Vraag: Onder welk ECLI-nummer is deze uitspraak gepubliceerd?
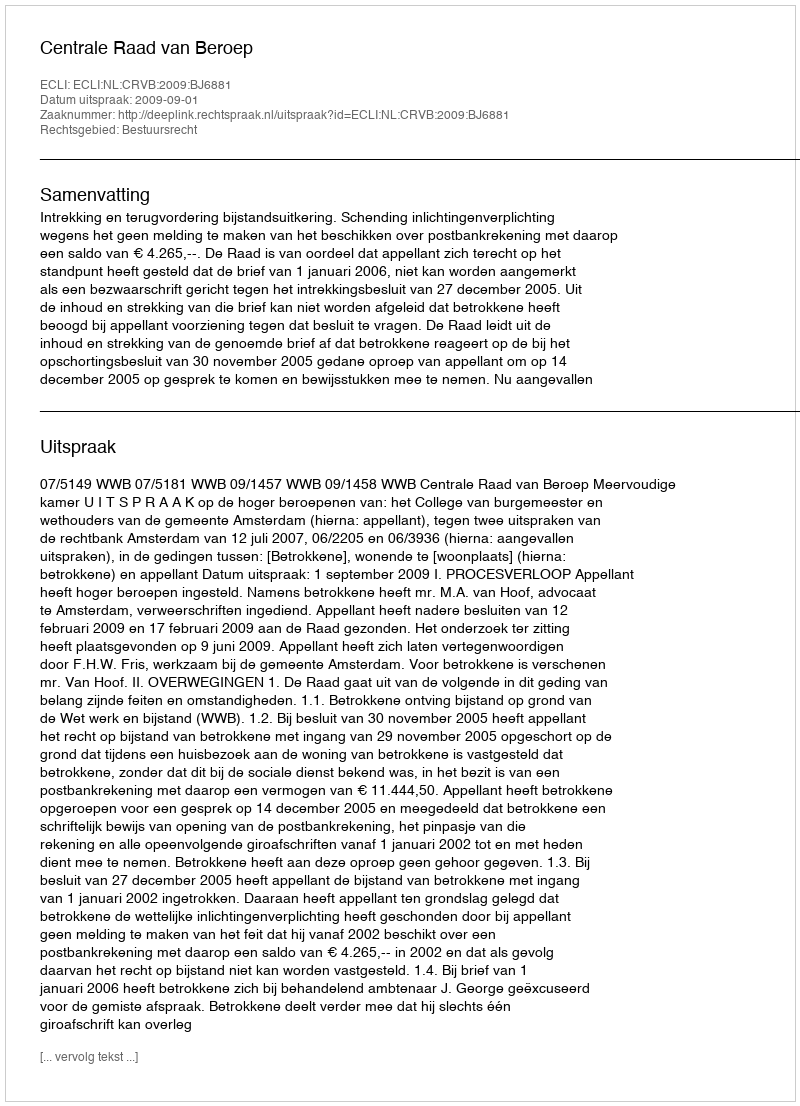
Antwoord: ECLI:NL:CRVB:2009:BJ6881